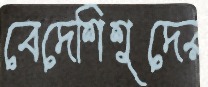
বেদেশিশুদের